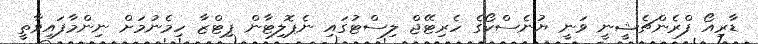
ޑާރިއޯ ފްރެންޗެޝީނީ ވަނީ ޔުނެސްކޯގެ ހެރިޓޭޖް ލިސްޓުގައި ނެޕޮލިޓާން ޕިޓްޒާ ހިމެނުމަށް ނިންމާފައިވާތީ